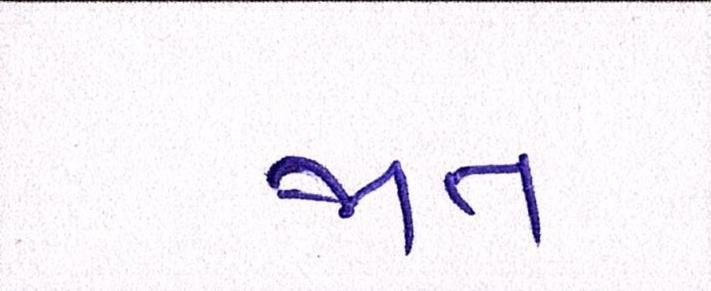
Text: જાત